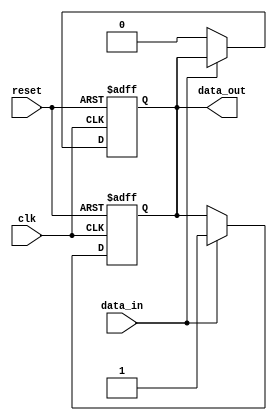
module push_pull_buffer (
    input wire clk,
    input wire reset,
    input wire data_in,
    output reg data_out
);

// Define parameters for P-type and N-type transistor sizes
parameter P_WIDTH = 4;
parameter N_WIDTH = 4;

// Define PULL to pull the signal high using P-type transistors
always @ (posedge clk or posedge reset)
begin
    if (reset)
        data_out <= 1'b0;
    else if (data_in)
        data_out <= 1'b1;
end

// Define PULL to pull the signal low using N-type transistors
always @ (posedge clk or posedge reset)
begin
    if (reset)
        data_out <= 1'b1;
    else if (~data_in)
        data_out <= 1'b0;
end

endmodule